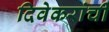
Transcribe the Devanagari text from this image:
दिवेकरांची